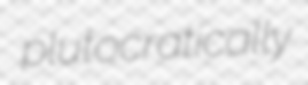
plutocratically